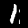
Label: 1